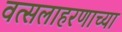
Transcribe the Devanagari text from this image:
वत्सलाहरणाच्या